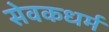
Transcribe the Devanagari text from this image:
सेवकधर्म